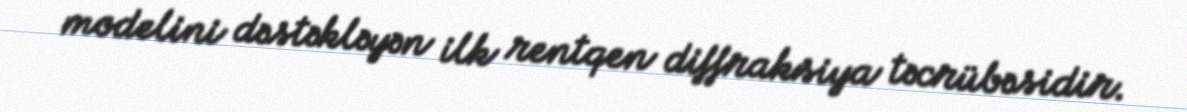
modelini dəstəkləyən ilk rentqen diffraksiya təcrübəsidir.